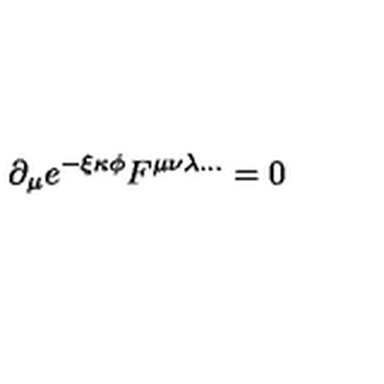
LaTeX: \partial _ { \mu } e ^ { - \xi \kappa \phi } F ^ { \mu \nu \lambda \ldots } = 0